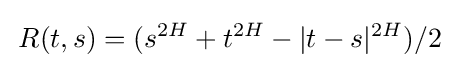
\,R(t,s)=(s^{2H}+t^{2H}-|t-s|^{2H})/2